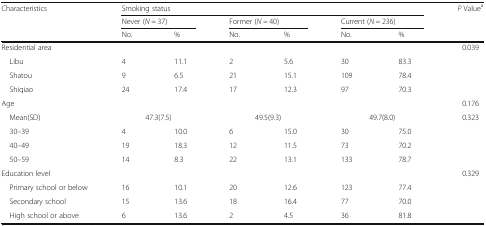
<table><thead><tr><td rowspan="3"><b>Characteristics</b></td><td colspan="6"><b>Smoking status</b></td><td rowspan="3"><b><i>P</i> Value<sup>a</sup></b></td></tr><tr><td colspan="2"><b>Never (<i>N</i> = 37)</b></td><td colspan="2"><b>Former (<i>N</i> = 40)</b></td><td colspan="2"><b>Current (<i>N</i> = 236)</b></td></tr><tr><td><b>No.</b></td><td><b>%</b></td><td><b>No.</b></td><td><b>%</b></td><td><b>No.</b></td><td><b>%</b></td></tr></thead><tbody><tr><td>Residential area</td><td></td><td></td><td></td><td></td><td></td><td></td><td>0.039</td></tr><tr><td> Libu</td><td>4</td><td>11.1</td><td>2</td><td>5.6</td><td>30</td><td>83.3</td><td></td></tr><tr><td> Shatou</td><td>9</td><td>6.5</td><td>21</td><td>15.1</td><td>109</td><td>78.4</td><td></td></tr><tr><td> Shiqiao</td><td>24</td><td>17.4</td><td>17</td><td>12.3</td><td>97</td><td>70.3</td><td></td></tr><tr><td>Age</td><td></td><td></td><td></td><td></td><td></td><td></td><td>0.176</td></tr><tr><td> Mean(SD)</td><td colspan="2">47.3(7.5)</td><td colspan="2">49.5(9.3)</td><td colspan="2">49.7(8.0)</td><td>0.323</td></tr><tr><td> 30–39</td><td>4</td><td>10.0</td><td>6</td><td>15.0</td><td>30</td><td>75.0</td><td></td></tr><tr><td> 40–49</td><td>19</td><td>18.3</td><td>12</td><td>11.5</td><td>73</td><td>70.2</td><td></td></tr><tr><td> 50–59</td><td>14</td><td>8.3</td><td>22</td><td>13.1</td><td>133</td><td>78.7</td><td></td></tr><tr><td>Education level</td><td></td><td></td><td></td><td></td><td></td><td></td><td>0.329</td></tr><tr><td> Primary school or below</td><td>16</td><td>10.1</td><td>20</td><td>12.6</td><td>123</td><td>77.4</td><td></td></tr><tr><td> Secondary school</td><td>15</td><td>13.6</td><td>18</td><td>16.4</td><td>77</td><td>70.0</td><td></td></tr><tr><td> High school or above</td><td>6</td><td>13.6</td><td>2</td><td>4.5</td><td>36</td><td>81.8</td><td></td></tr></tbody></table>